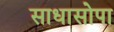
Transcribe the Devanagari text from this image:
साधासोपा